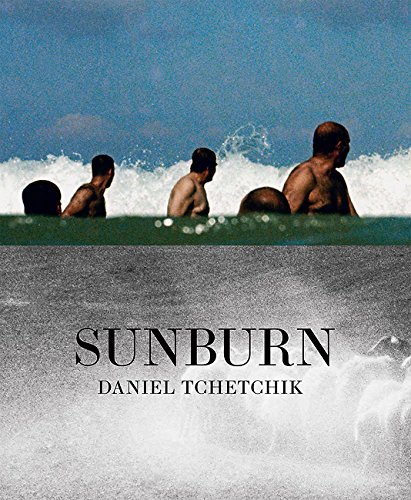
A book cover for Sunburn; Arts & Photography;